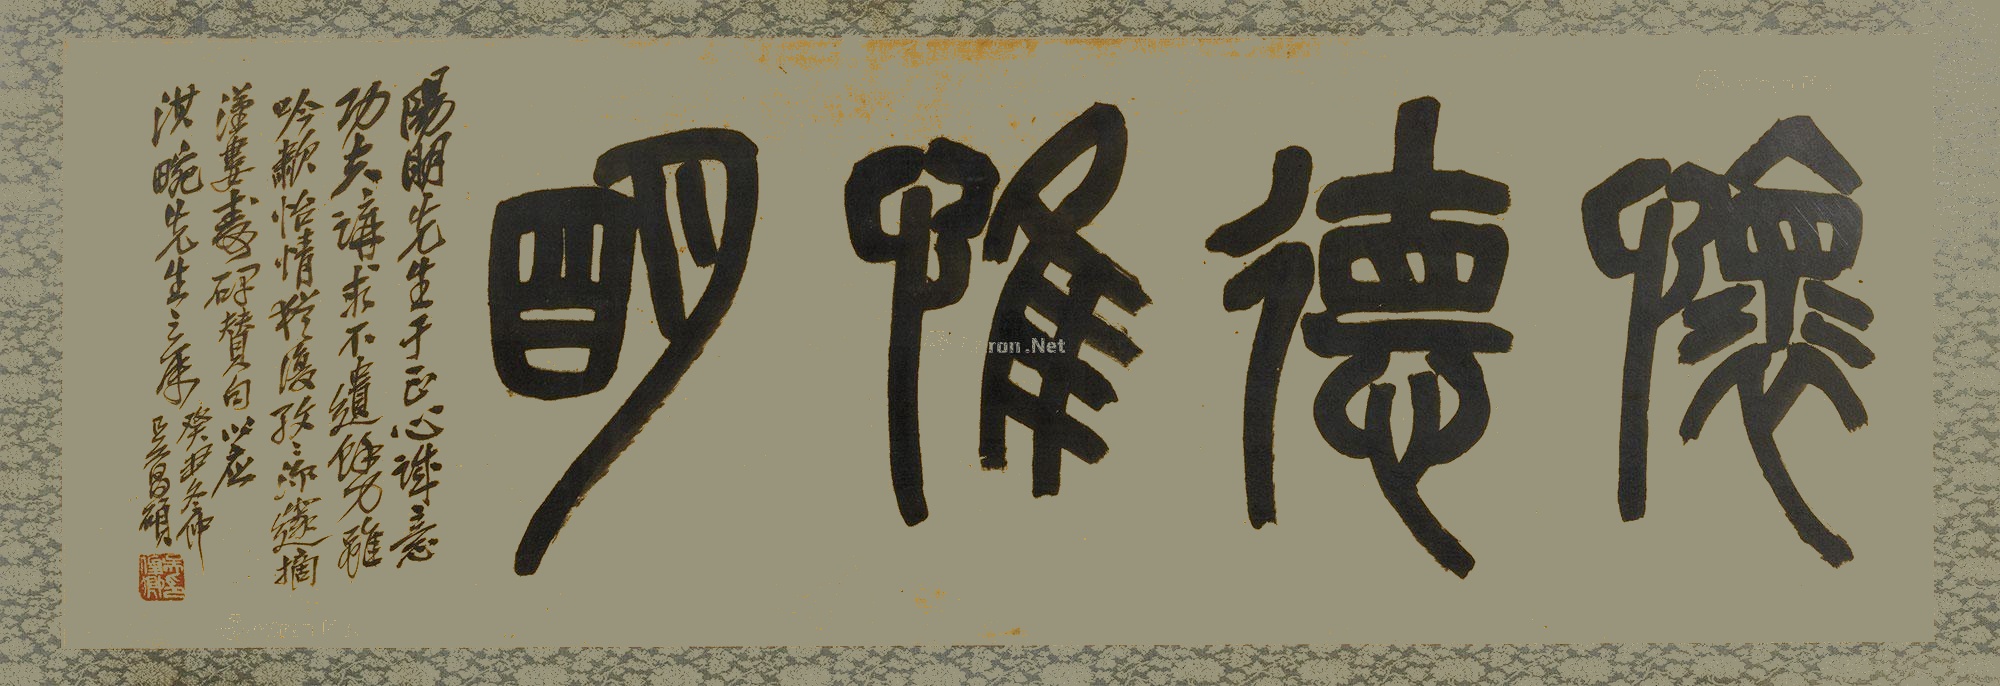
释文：怀德惟明。阳明先生于正心诚意功夫讲求不遗余力，虽吟啸怡情，犹复孜孜深邃。摘汉娄寿碑赞句以应淇畹先生之属。癸丑冬仲，吴昌硕。